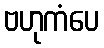
ဗဟုကံပေ